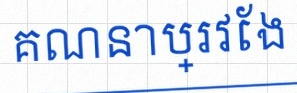
គណនាប្រវែង